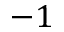
- 1